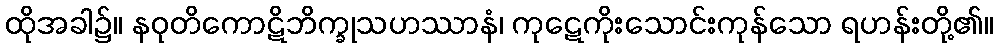
ထိုအခါ၌။ နဝုတိကောဋိဘိက္ခုသဟဿာနံ၊ ကုဋေကိုးသောင်းကုန်သော ရဟန်းတို့၏။